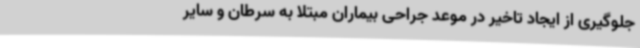
جلوگیری از ایجاد تاخیر در موعد جراحی بیماران مبتلا به سرطان و سایر